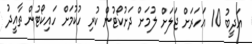
އަދީބު 10 އަހަރަށް ޖަލަށް ލުމަށް ދަށުކޯޓުން ކުރި ހުކުމަށް ހައިކޯޓުން ތާއީދު